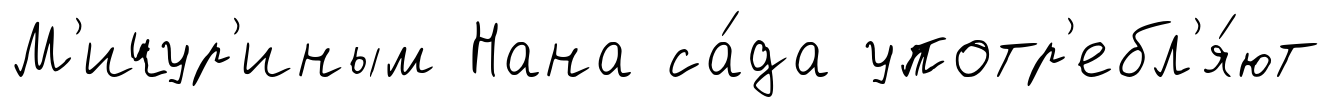
М'ичур'иным Нана са́да употр'ебл'я́ют